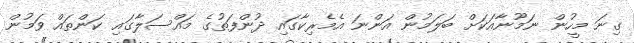
ގިނަ މީހުން ނަމޫނާއަކަށް ބަލަމުން އަންނަ އެމެރިކާގައި ދުންފަތުގެ މައްސަލާގައި ކަންތައް ވަމުން